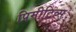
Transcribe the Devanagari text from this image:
प्रिमीटिव्स